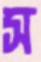
স